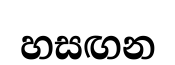
හසඟන